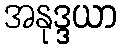
အနုဒ္ဒယာ